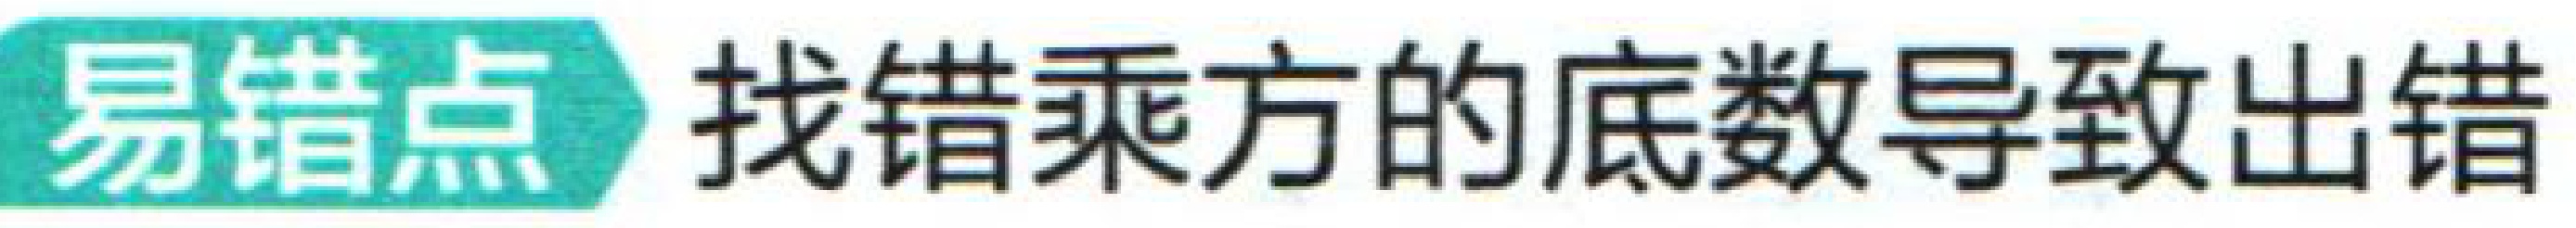
易错点 找错乘方的底数导致出错